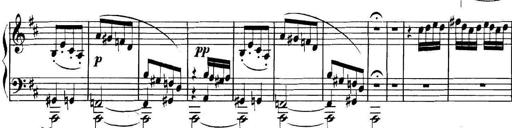
Title: Collected Piano Sonatas
Composer: Muzio Clementi